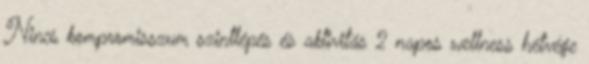
Nincs kompromisszum szintlépés és aktivitás 2 napos wellness hétvége